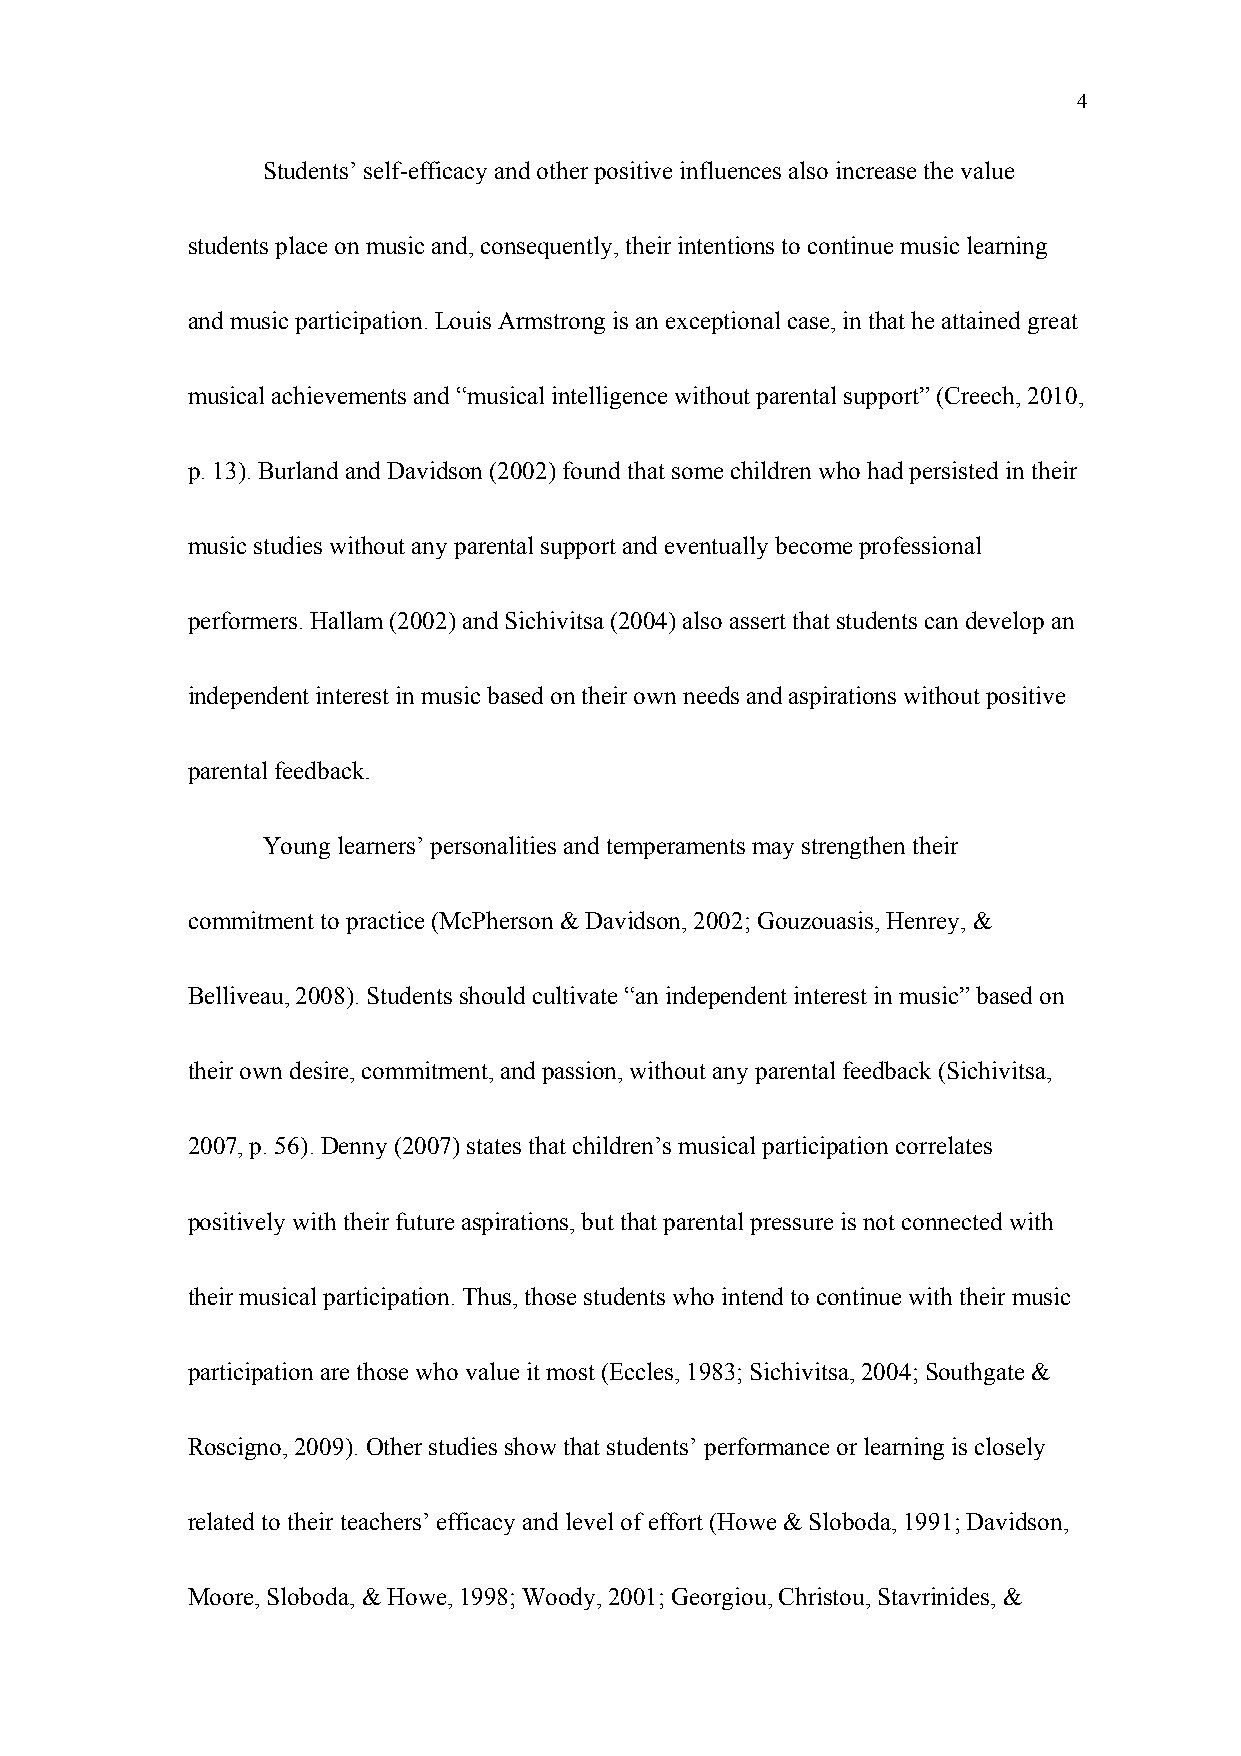
4
 Students’ self-efficacy and other positive influences also increase the value
 students place on music and, consequently, their intentions to continue music learning
 and music participation. Louis Armstrong is an exceptional case, in that he attained great
 musical achievements and “musical intelligence without parental support” (Creech, 2010,
 p. 13). Burland and Davidson (2002) found that some children who had persisted in their
 music studies without any parental support and eventually become professional
 performers. Hallam (2002) and Sichivitsa (2004) also assert that students can develop an
 independent interest in music based on their own needs and aspirations without positive
 parental feedback.
 Young learners’ personalities and temperaments may strengthen their
 commitment to practice (McPherson & Davidson, 2002; Gouzouasis, Henrey, &
 Belliveau, 2008). Students should cultivate “an independent interest in music” based on
 their own desire, commitment, and passion, without any parental feedback (Sichivitsa,
 2007, p. 56). Denny (2007) states that children’s musical participation correlates
 positively with their future aspirations, but that parental pressure is not connected with
 their musical participation. Thus, those students who intend to continue with their music
 participation are those who value it most (Eccles, 1983; Sichivitsa, 2004; Southgate &
 Roscigno, 2009). Other studies show that students’ performance or learning is closely
 related to their teachers’ efficacy and level of effort (Howe & Sloboda, 1991; Davidson,
 Moore, Sloboda, & Howe, 1998; Woody, 2001; Georgiou, Christou, Stavrinides, &